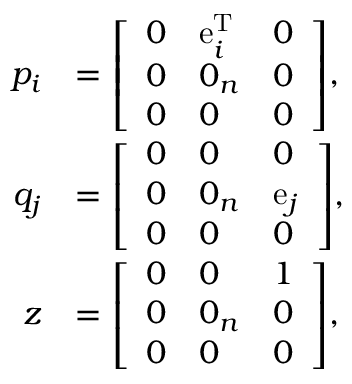
{ \begin{array} { r l } { p _ { i } } & { = { \left[ \begin{array} { l l l } { 0 } & { \operatorname { e } _ { i } ^ { \mathrm { T } } } & { 0 } \\ { 0 } & { 0 _ { n } } & { 0 } \\ { 0 } & { 0 } & { 0 } \end{array} \right] } , } \\ { q _ { j } } & { = { \left[ \begin{array} { l l l } { 0 } & { 0 } & { 0 } \\ { 0 } & { 0 _ { n } } & { \operatorname { e } _ { j } } \\ { 0 } & { 0 } & { 0 } \end{array} \right] } , } \\ { z } & { = { \left[ \begin{array} { l l l } { 0 } & { 0 } & { 1 } \\ { 0 } & { 0 _ { n } } & { 0 } \\ { 0 } & { 0 } & { 0 } \end{array} \right] } , } \end{array} }